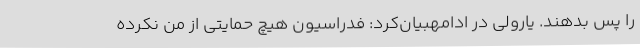
را پس بدهند. یارولی در ادامهبیان‌کرد: فدراسیون هیچ حمایتی از من نکرده